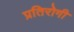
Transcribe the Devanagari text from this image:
प्रतिरोगी